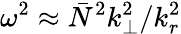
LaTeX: \omega^{2}\approx\bar{N}^{2}k_{\perp}^{2}/k_{r}^{2}